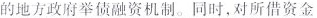
的地方政府举债融资机制。同时，对所借资金